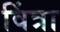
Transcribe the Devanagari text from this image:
विंत्रा